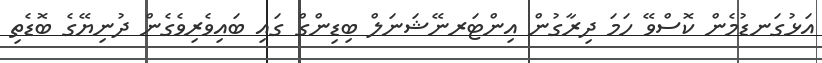
އަޅުގަނޑުމެން ކޮސްވޭ ހަމަ ދިރާގުން އިންޓަރނޭޝަނަލް ބިޑިންގް ގައި ބައިވެރިވެގެން ދުނިޔޭގެ ބޮޑެތި